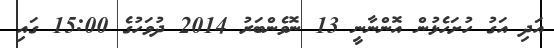
އަދި އަގު ހުށަހެޅުން އޮންނާނީ 13 ނޮވެންބަރު 2014 ދުވަހުގެ 15:00 ގައި